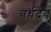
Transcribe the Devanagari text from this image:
वर्धदेव